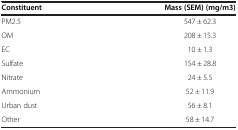
<table><thead><tr><td><b>Constituent</b></td><td><b>Mass (SEM) (mg/m3)</b></td></tr></thead><tbody><tr><td>PM2.5</td><td>547 ± 62.3</td></tr><tr><td>OM</td><td>208 ± 15.3</td></tr><tr><td>EC</td><td>10 ± 1.3</td></tr><tr><td>Sulfate</td><td>154 ± 28.8</td></tr><tr><td>Nitrate</td><td>24 ± 5.5</td></tr><tr><td>Ammonium</td><td>52 ± 11.9</td></tr><tr><td>Urban dust</td><td>56 ± 8.1</td></tr><tr><td>Other</td><td>58 ± 14.7</td></tr></tbody></table>